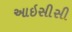
આઇસીસી